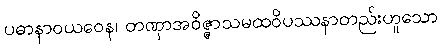
ပဓာနာဝယဝေန၊ တဏှာအဝိဇ္ဇာသမထဝိပဿနာတည်းဟူသော